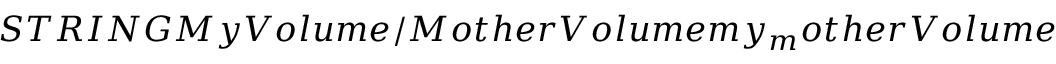
S T R I N G M y V o l u m e / M o t h e r V o l u m e m y _ { m } o t h e r V o l u m e